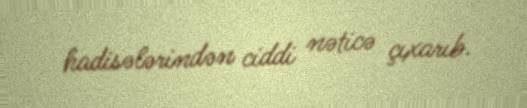
hadisələrindən ciddi nəticə çıxarıb.